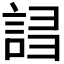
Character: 𧧠